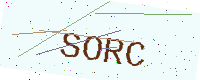
Text: SORC